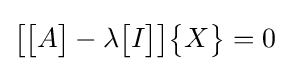
{\begin{bmatrix}{\begin{bmatrix}A\end{bmatrix}}-\lambda {\begin{bmatrix}I\end{bmatrix}}\end{bmatrix}}{\begin{Bmatrix}X\end{Bmatrix}}=0